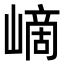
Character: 㠃